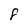
Character: 8